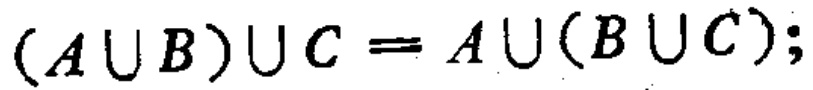
\((A\cup B)\cup C = A\cup(B\cup C);\)